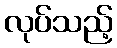
လုပ်သည့်